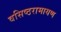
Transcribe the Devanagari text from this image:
वसिष्ठरामायण